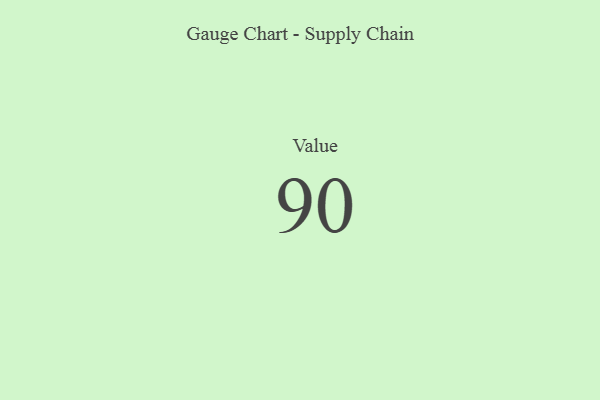
{"axis": {"x": "Metric", "y": "Value"}, "legend": [""], "data": [{"x": "Value", "y": 90, "type": ""}]}